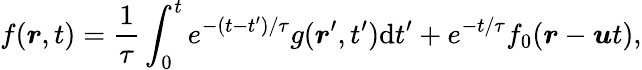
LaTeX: f(\boldsymbol{r},t)=\frac{1}{\tau}\int_{0}^{t}e^{-(t-t^{\prime})/\tau}g(\boldsymbol{r}^{\prime},t^{\prime})\mathrm{{d}}t^{\prime}+e^{-t/\tau}f_{0}(\boldsymbol{r}-\boldsymbol{u}t),